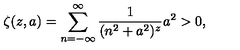
\zeta ( z , a ) = \sum _ { n = - \infty } ^ { \infty } \frac { 1 } { ( n ^ { 2 } + a ^ { 2 } ) ^ { z } } a ^ { 2 } > 0 ,